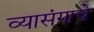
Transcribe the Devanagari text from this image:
व्यासंगाचे